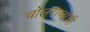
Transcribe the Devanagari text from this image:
चोलराजाची